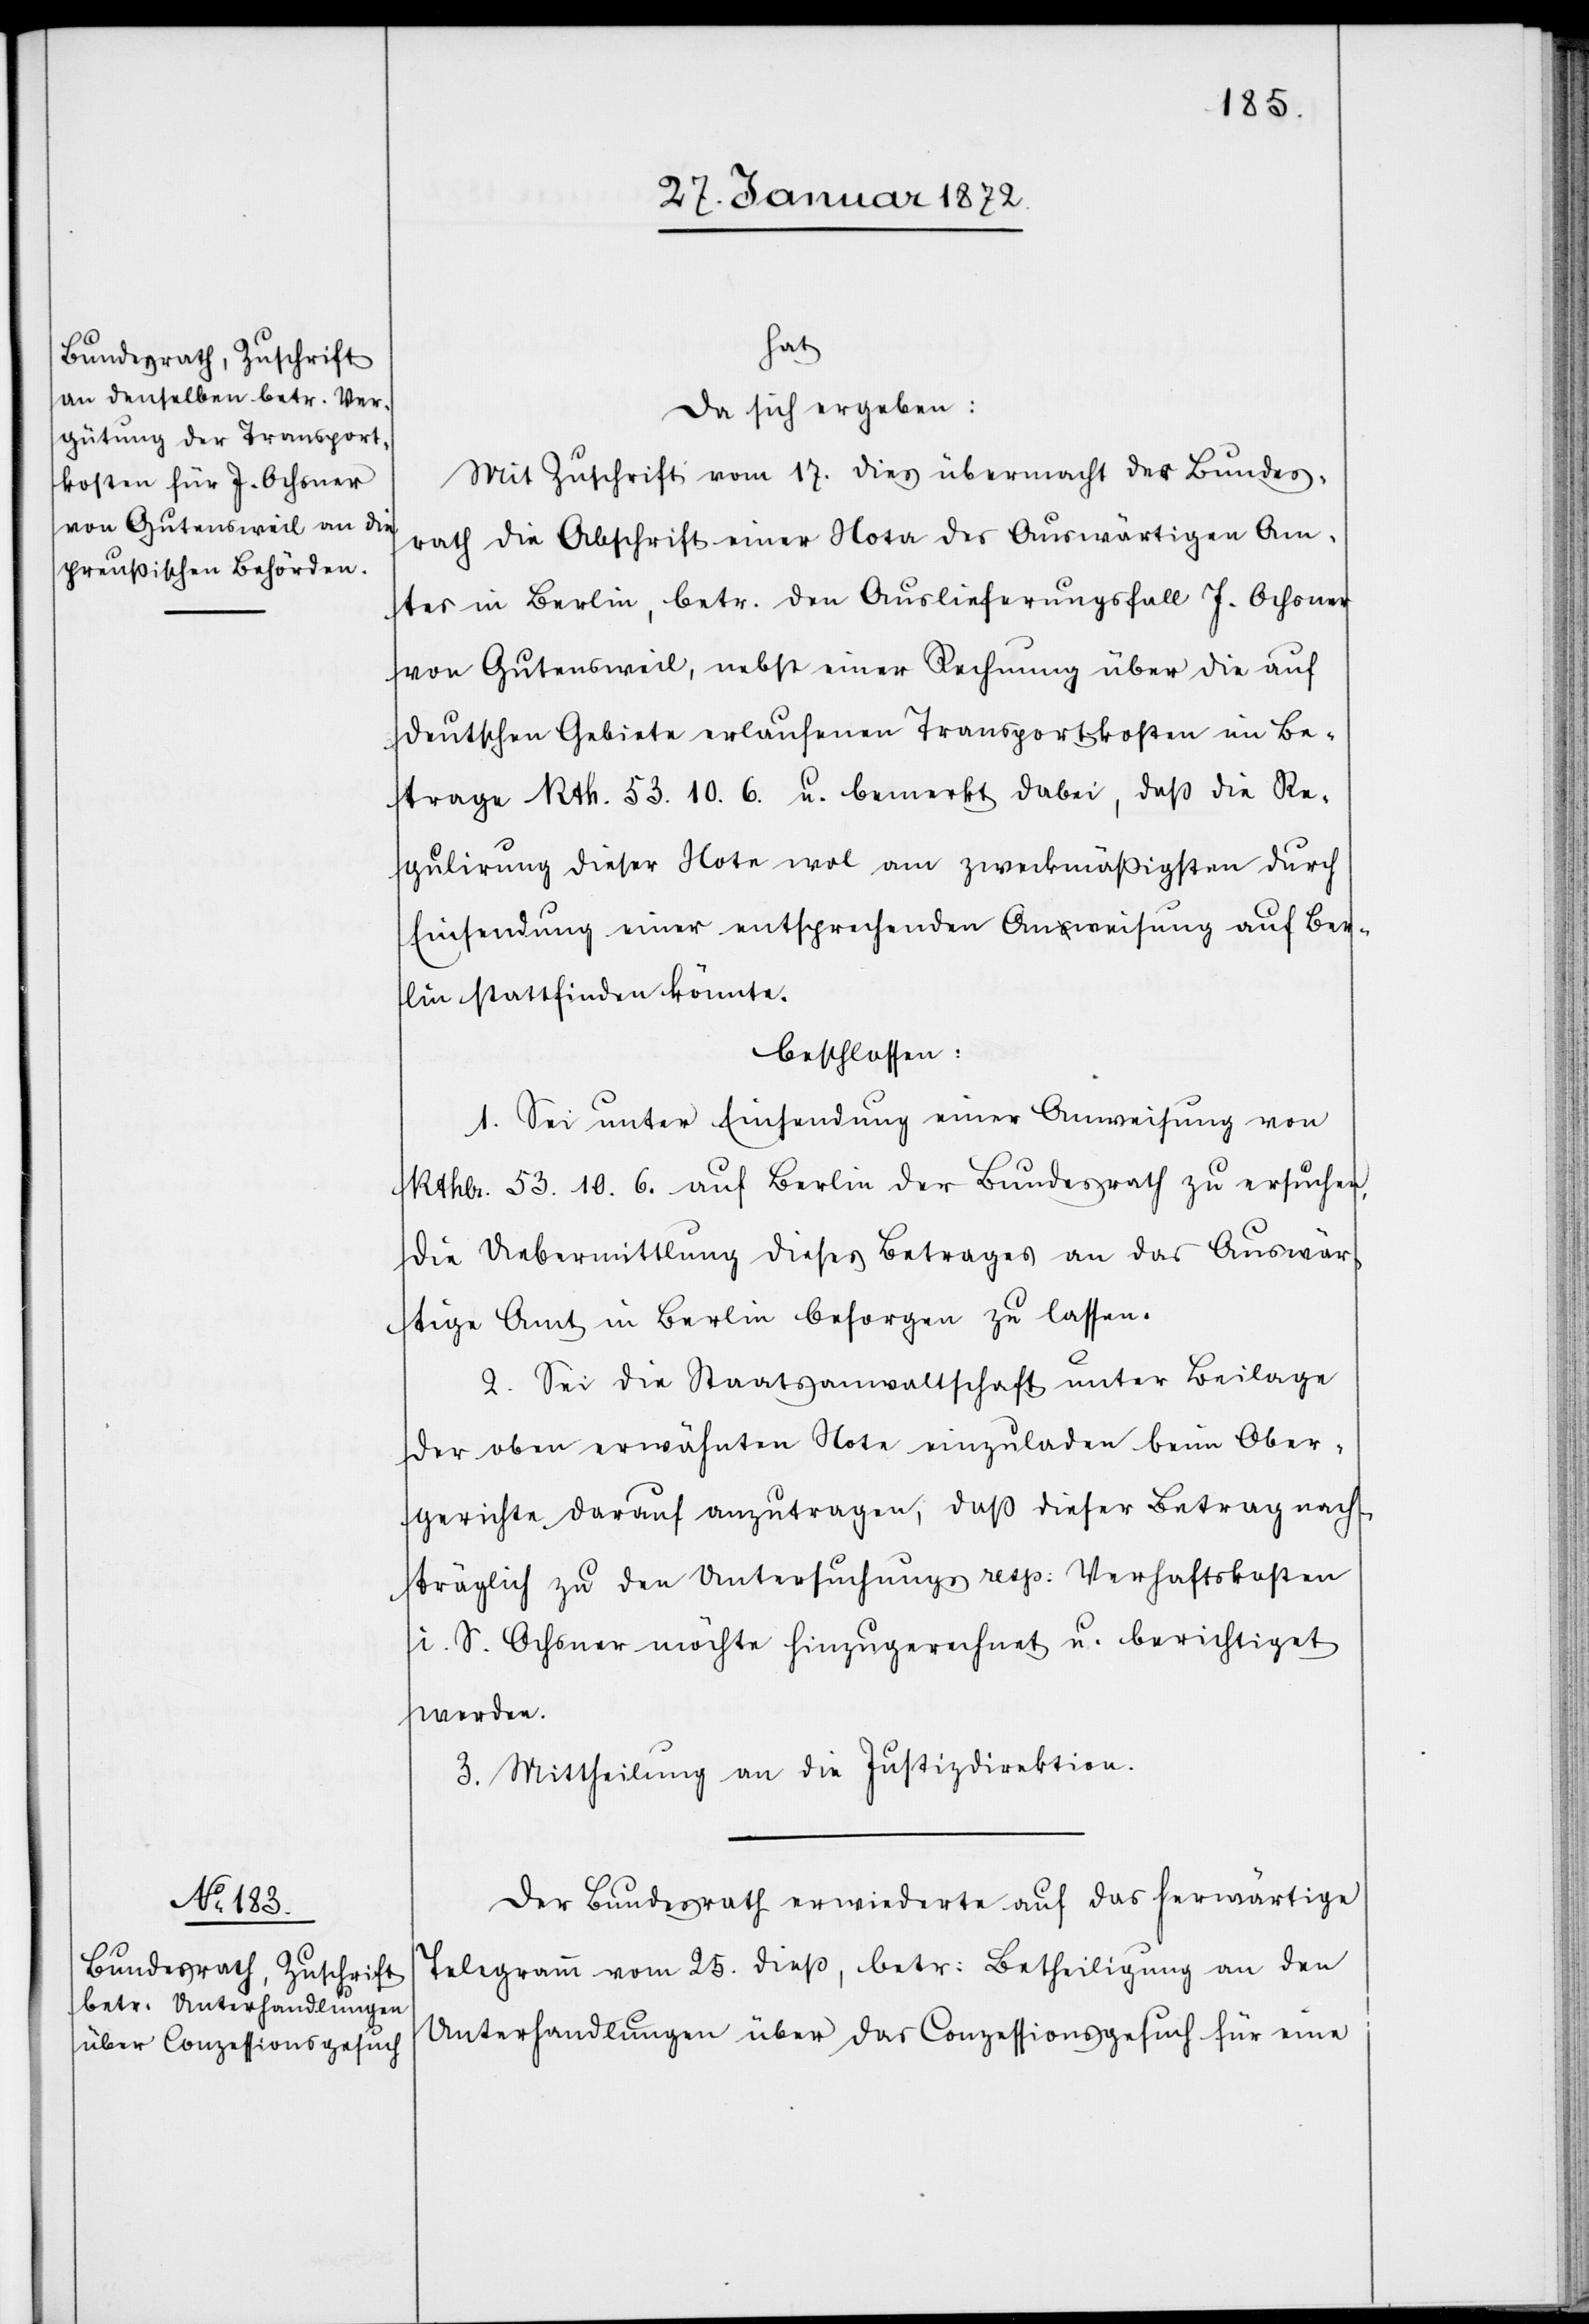
hat
da sich ergeben:
Mit Zuschrift vom 17. dies übermacht der Bundes¬
rath die Abschrift einer Nota des Auswärtigen Am¬
tes in Berlin, betr. den Auslieferungsfall J. Ochsner
von Gutensweil, nebst einer Rechnung über die auf
deutschen Gebiete erlaufenen Transportkosten im Be¬
trage Rth. 53. 10. 6. u. bemerkt dabei, daß die Re¬
gulirung dieser Note wol am zweckmäßigsten durch
Einsendung einer entsprechenden Anweisung auf Ber¬
lin stattfinden könnte.
beschlossen:
1. Sei unter Einsendung einer Anweisung von
Rthlr. 53. 10 6. auf Berlin der Bundesrath zu ersuchen,
die Uebermittlung dieses Betrages an das Auswär¬
tige Amt in Berlin besorgen zu lassen.
2. Sei die Staatsanwaltschaft unter Beilage
der oben erwähnten Note einzuladen beim Ober¬
gerichte darauf anzutragen, daß dieser Betrag nach¬
träglich zu den Untersuchungs- resp. Verhaftskosten
i. S. Ochsner möchte hinzugerechnet u. berichtiget
werden.
3. Mittheilung an die Justizdirektion..
Der Bundesrath erwiederte auf das herwärtige
Telegramm vom 25. dieß, betr. Betheiligung an den
Unterhandlungen über das Conzessionsgesuch für eine